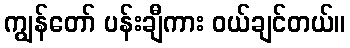
ကျွန်တော် ပန်းချီကား ဝယ်ချင်တယ်။